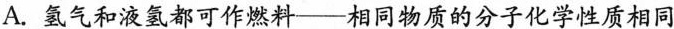
A. 氢气和液氢都可作燃料——相同物质的分子化学性质相同